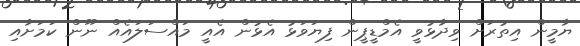
ޔާމީން އިތުރަށް ވިދާޅުވީ އެމްޑީޕީން ފިޔަވަޅު އެޅުން އެއީ މައްސަލައެއް ނޫން ކަމަށާއި